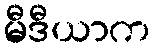
မီဒီယာက